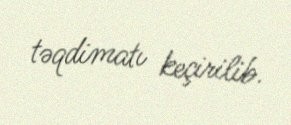
təqdimatı keçirilib.